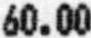
60.00